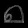
Digit: ၈